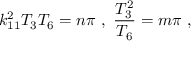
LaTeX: k _ { 1 1 } ^ { 2 } T _ { 3 } T _ { 6 } = n \pi \ , \ { \frac { T _ { 3 } ^ { 2 } } { T _ { 6 } } } = m \pi \ ,